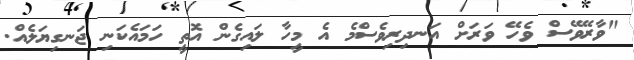
"ވާރޭވޭސް ވެހޭ ވަރަށް އަނދިރިވެސްމެ އެ މީހާ ލައިގެން އޮތީ ހަމައެކަނި ޖަނގިޔަލެއް.